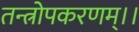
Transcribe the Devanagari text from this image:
तन्त्रोपकरणम्।।